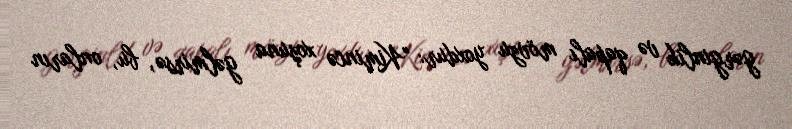
gərginlik və qapalı mövzu yoxdur: "Kimincə xoşuna gəlmirsə, bu, onların